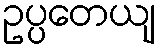
ဥပ္ပတေယျ